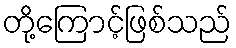
တို့ကြောင့်ဖြစ်သည်